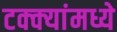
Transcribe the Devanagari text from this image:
टक्‍क्‍यांमध्ये